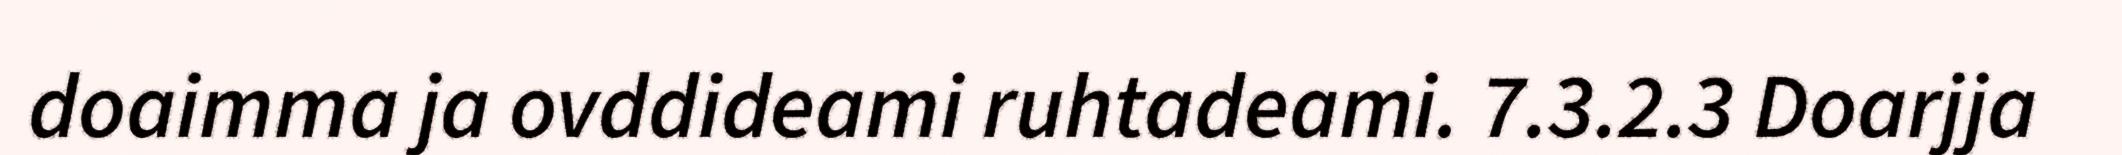
doaimma ja ovddideami ruhtadeami. 7.3.2.3 Doarjja